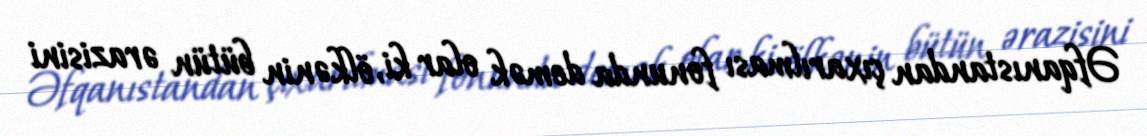
Əfqanıstandan çıxarılması fonunda demək olar ki, ölkənin bütün ərazisini